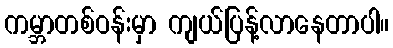
ကမ္ဘာတစ်ဝန်းမှာ ကျယ်ပြန့်လာနေတာပါ။